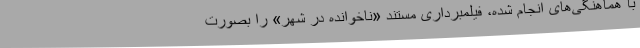
با هماهنگی‌های انجام شده، فیلمبرداری مستند «ناخوانده در شهر» را بصورت